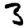
Digit: 3